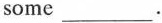
some ___ .